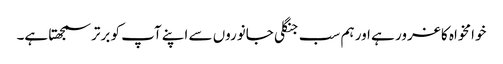
خوامخواہ کا غرور ہے اور ہم سب جنگلی جانوروں سے اپنے آپ کو برتر سمجھتا ہے۔